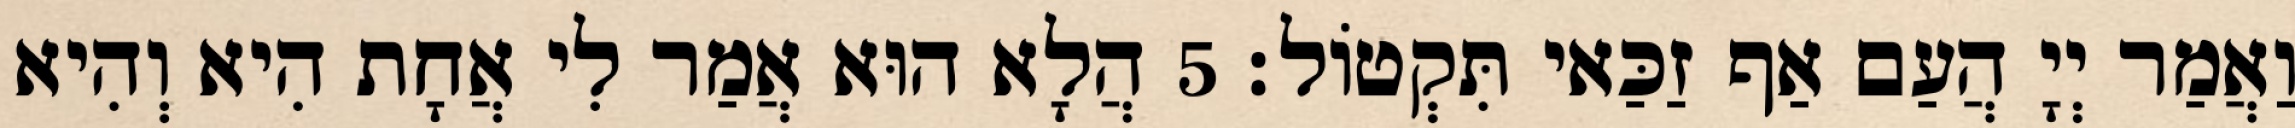
וַאֲמַר יְיָ הֲעַם אַף זַכַּאי תִּקְטוֹל׃ 5 הֲלָא הוּא אֲמַר לִי אֲחָת הִיא וְהִיא